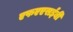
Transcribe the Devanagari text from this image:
एफएएसईबी